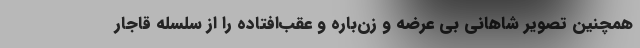
همچنین تصویر شاهانی بی عرضه و زن‌باره و عقب‌افتاده را از سلسله قاجار